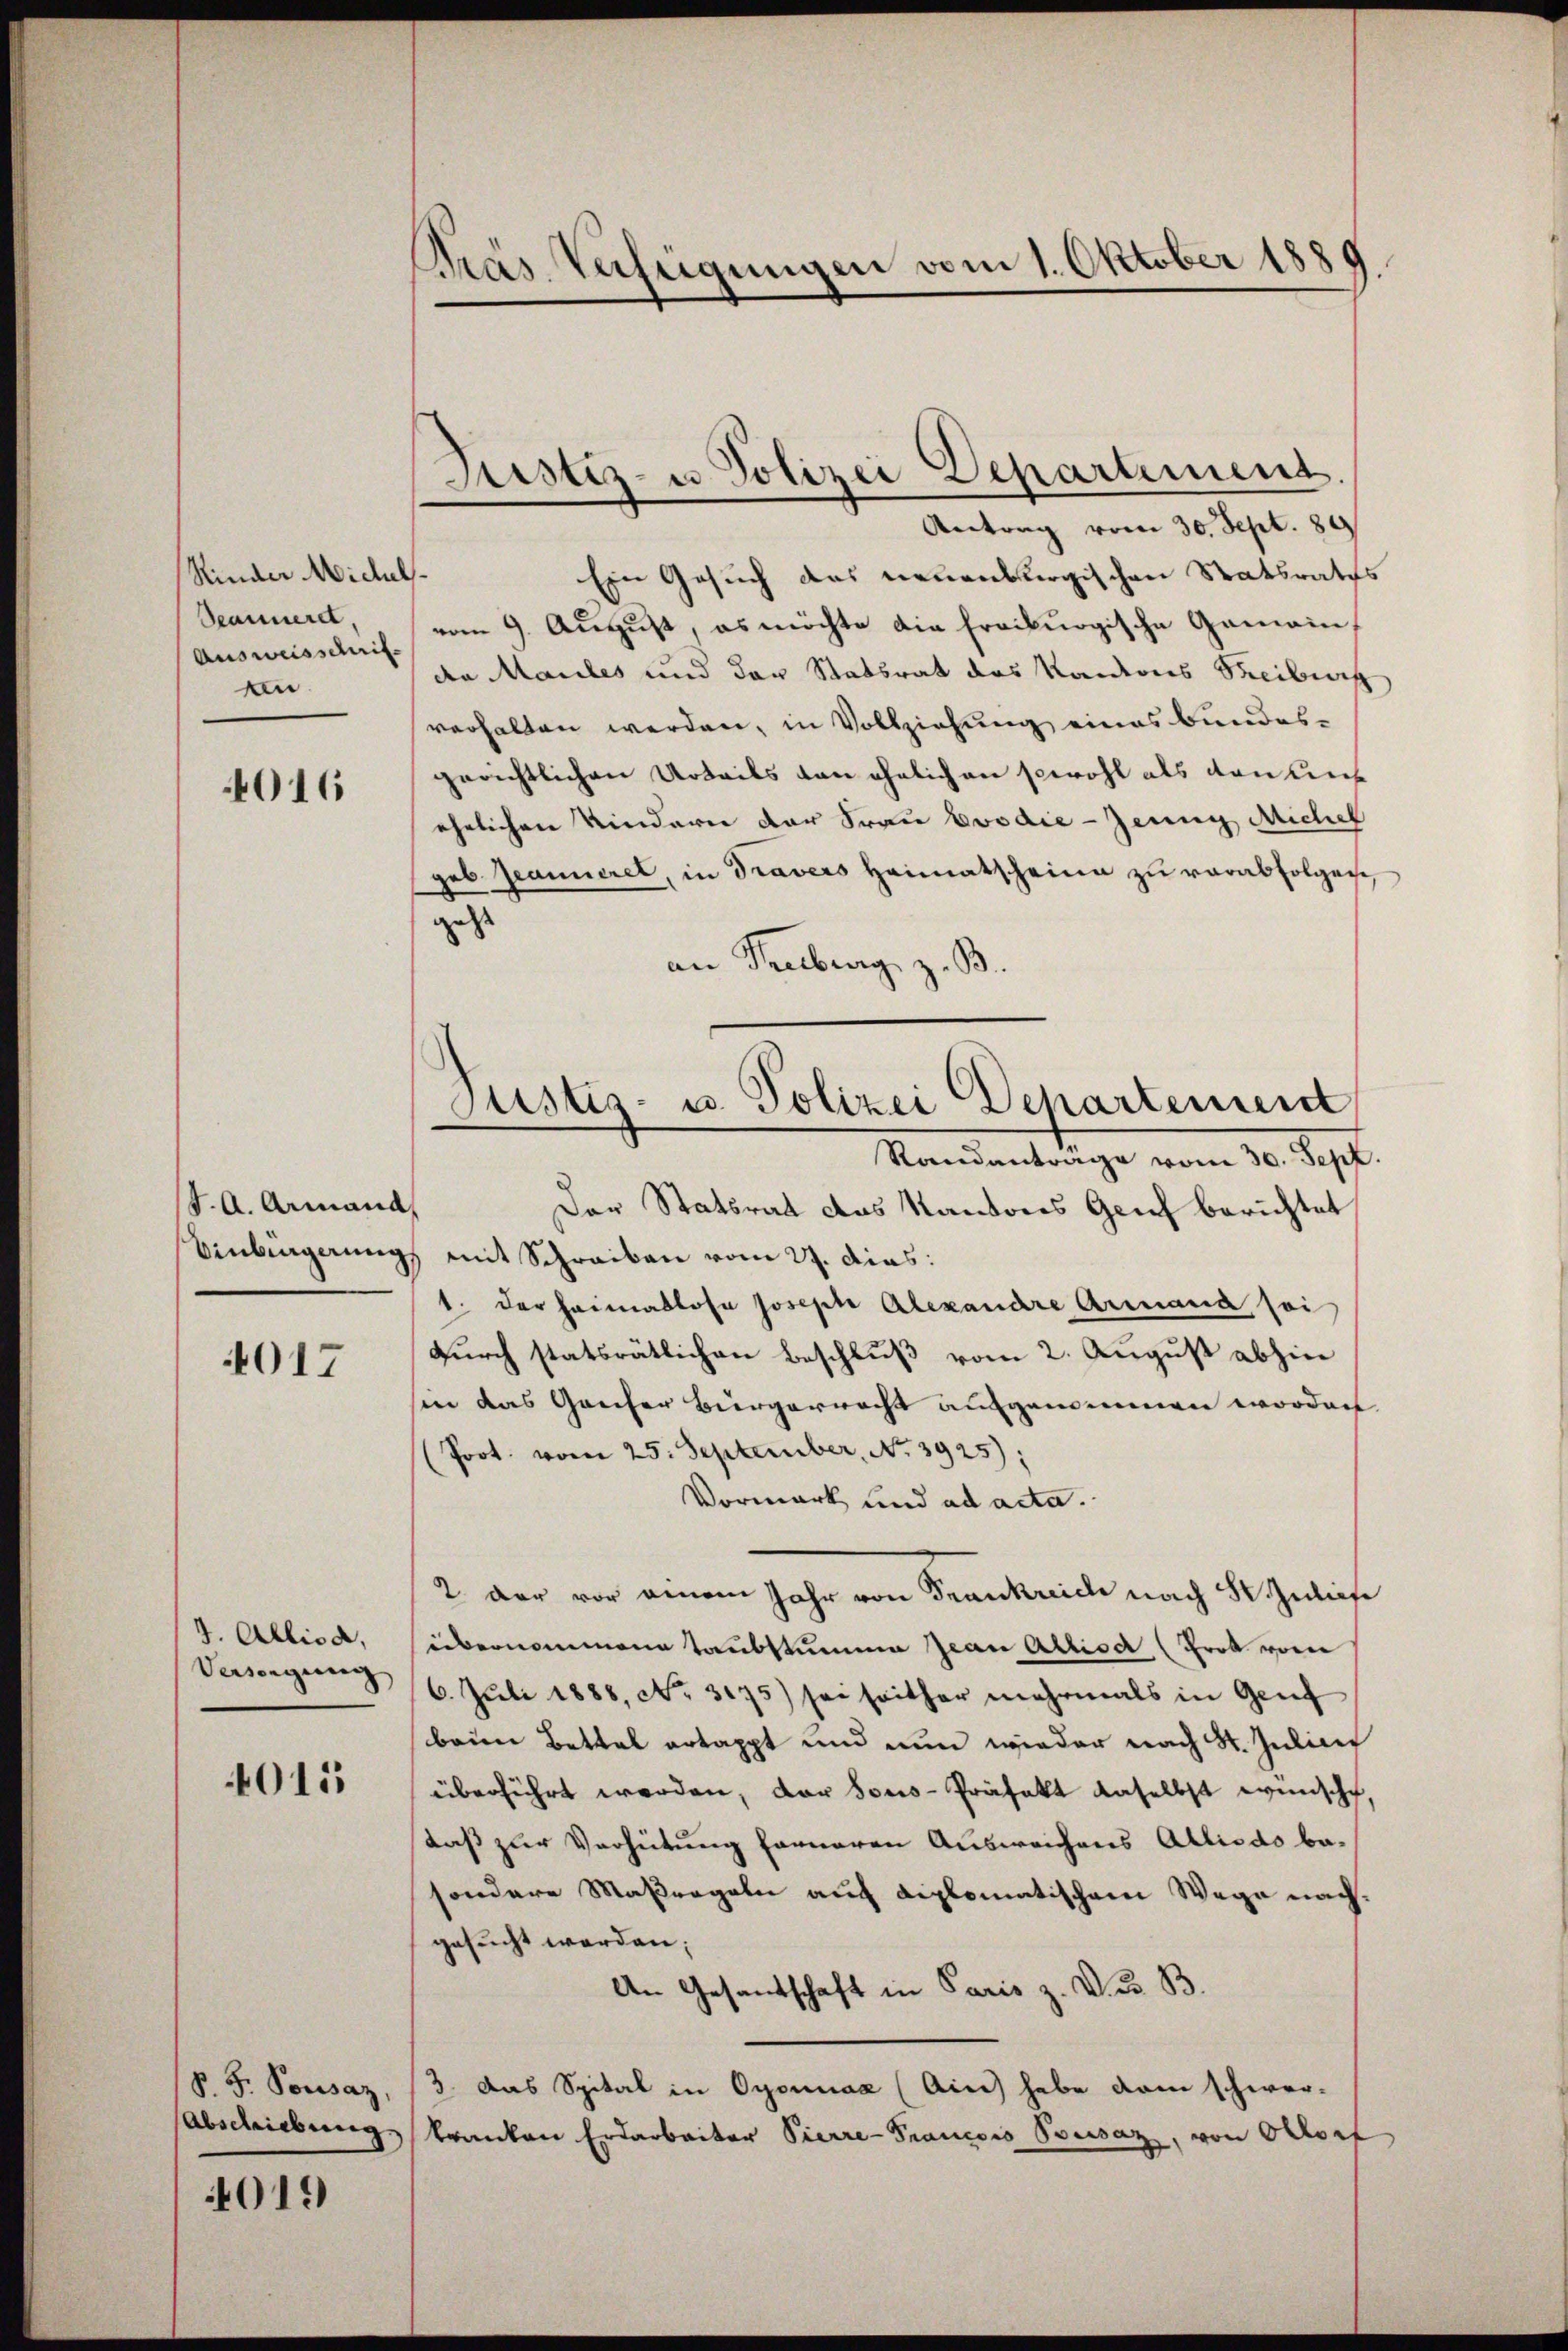
Kinder Michel
Seannerd,
Ausweisschrift
en

016

J. A. Armand
Binbürgerung,

4017

J. Allisa,
Versorgung

4015

P. F. Pousaz,
Abschiebung

019

Gras Verfeigungen vom 1. Oktober 1889.

Justiz- u Polizei Departement.

Antrag vom 30. Sept. 89
“
Ein Gesuch das neuenburgischen Statsraths
vom 9. August, es möchte die freiburgische Gemein-
de Maules und der Statsrat des Kantons Treibeig
verhalten werden, in Vollziehung eines Bundesgerichtlichen Urteils von ehelichen sowohl als den uns
ehelichen Kindern der Frau Evodić-Jeung Michel
geb. Jeanneret, in Travers Heimatscheine zŭ verabfolgen,
geht
an Truberg z. B.
Standantrage vom 30. Sept.
Der Statsrat das Kantons Genf berichtet
mit Schreiben vom 27. dias:
1. der Heimatlose Joseph Alexandre Armand sei
durch statsrätlichen Beschluß vom 2. August abhin
in das Ganzer Bürgerrecht aufgenominen worden.
(Prot. vom 25. September, No. 3925);
Vormark und ad acta.
2. der vor einem Jahr von Frankreide nach Sr Zuliefe
übernommene Taubstumme Jean Altisch (Frot vom
6. Juli 1888, No. 3175) sei seither mehrmals in Genf
benen Bettal ertappt und nun wieder nach St. Julic
überführt werden, der sons-Präfekt daselbst wünscht,
daß zur Verhütung ferneren Ausweichens Allisdo basondere Maßregeln auf diplomatischem Wege nachgesucht werden;
An Gesandschaft in Paris z. Du B.
3. Das Spital in Oyonnaa (Ain habe dem schwer-
kranken Erdarbeiter Pierre-Francois Sousaz, von Ottort

Justiz- u. Polizei Departement